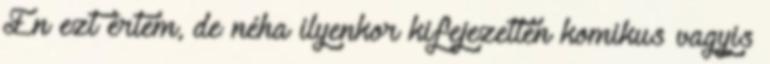
Én ezt értem, de néha ilyenkor kifejezetten komikus vagyis